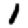
Digit: 1